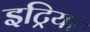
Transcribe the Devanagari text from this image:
इट्रिया